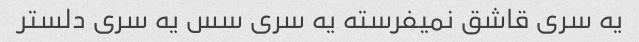
یه سری قاشق نمیفرسته یه سری سس یه سری دلستر